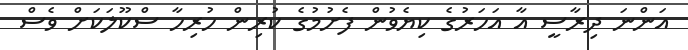
އަންނަ ދިރާސީ އާ އަހަރުގެ ކިޔެވުން ފެށުމުގެ ކުރިން ހުރިހާ ސްކޫލަކަށް ވެސް